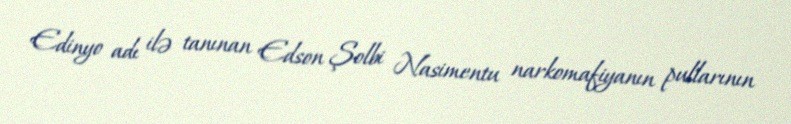
Edinyo adı ilə tanınan Edson Şolbi Nasimentu narkomafiyanın pullarının